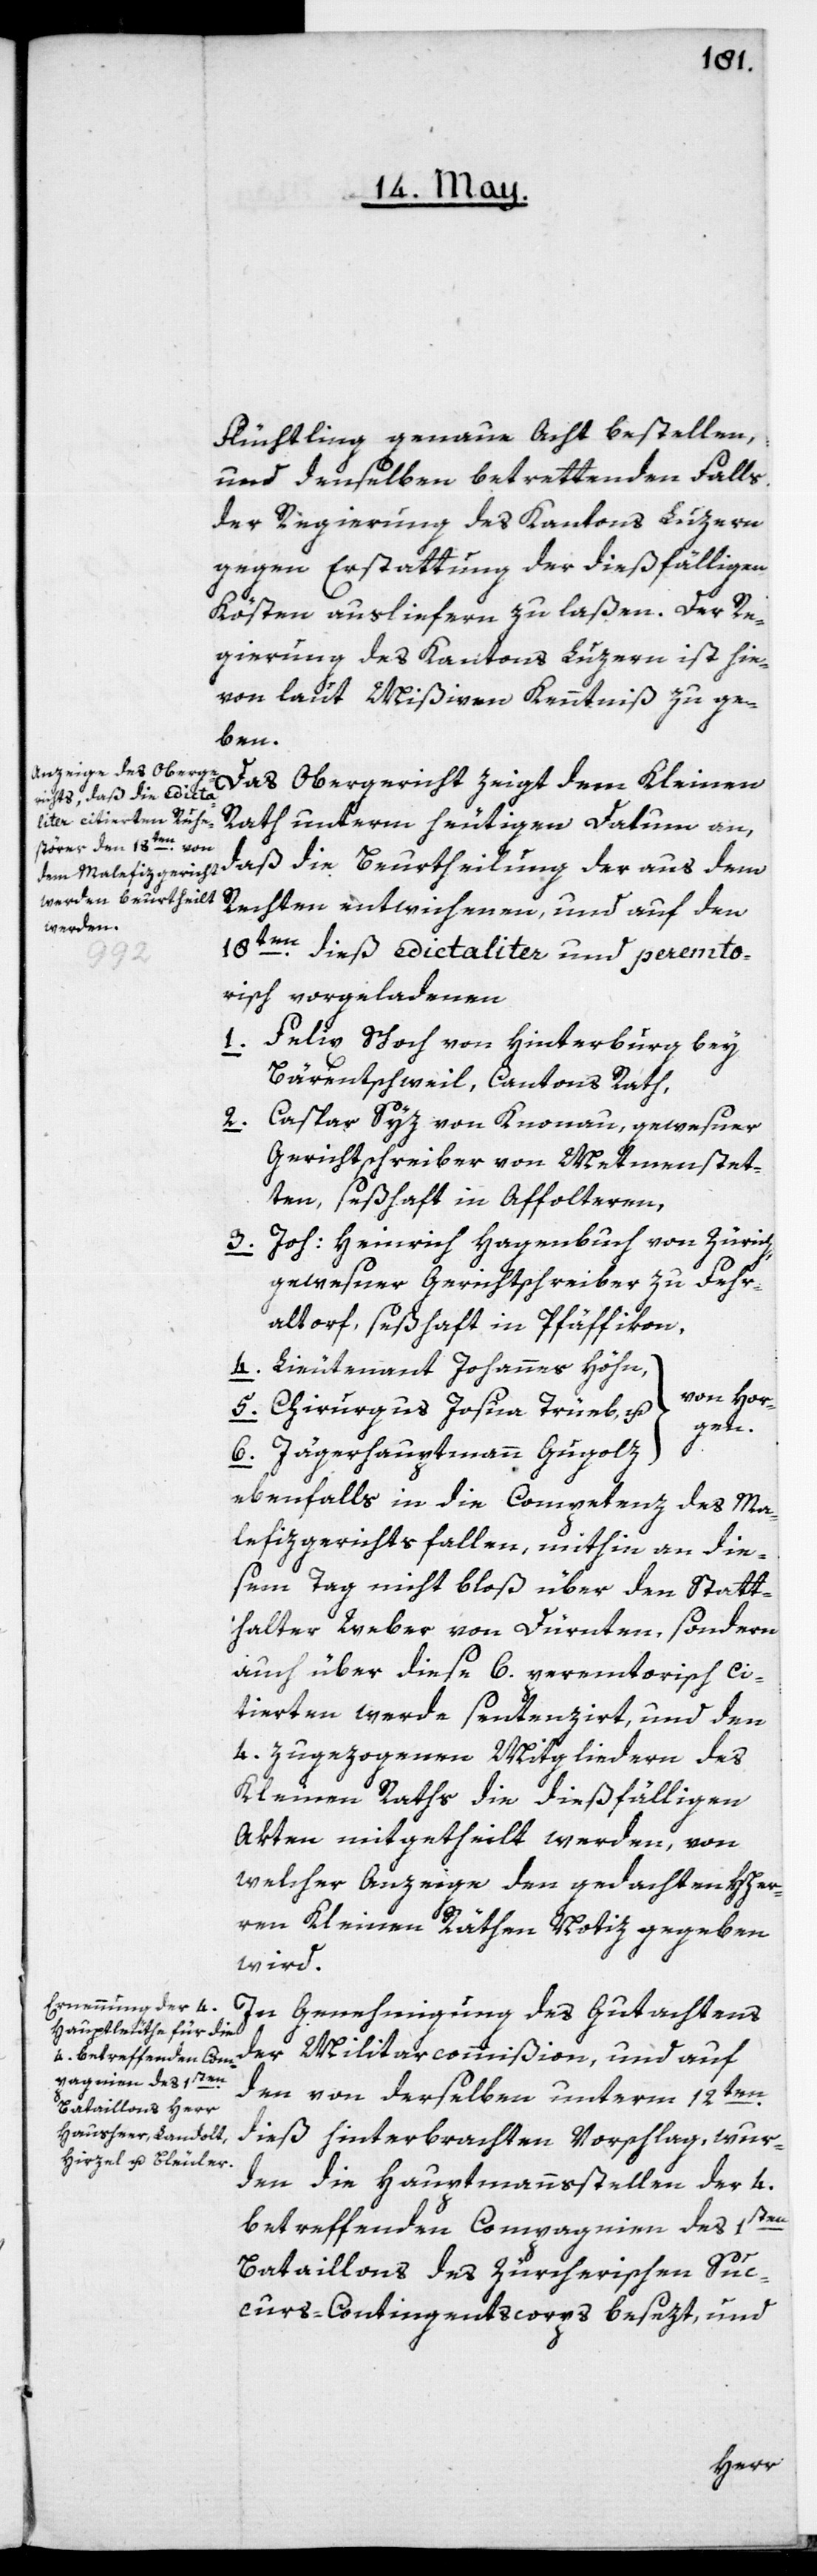
Flüchtling genaue Acht bestellen
und denselben betrettenden Falls
der Regierung des Kantons Luzern
gegen Erstattung der dießfälligen
Kösten ausliefern zu laßen. Der Re¬
gierung des Kantons Luzern ist hie¬
von laut Mißiven Kenntniß zu ge¬
ben.
Das Obergericht zeigt dem Kleinen
Rath unterm heutigen Datum an,
daß die Beurtheilung der aus dem
Rechten entwichenen, und auf den
18ten dieß edictaliter und peremto¬
risch vorgeladenen
1. Felix Schoch von Hinterburg bey
Bärentschweil, Cantons Rath,
5.
Caspar Syz von Knonau, gewesener
Gerichtsschreiber von Mettmenstet¬
ten, seßhaft in Affoltern,
3. Joh: Heinrich Hagenbuch von Zürich,
gewesener Gerichtschreiber zu Fehr¬
altorf, seßhaft in Pfäffikon,
Lieutenant Johannes Höhn
von Hor¬
Chirurgus Josua Trüeb
gen.
Jägerhauptmann Gugolz
ebenfalls in die Competenz des Ma¬
lefizgerichts fallen, mithin an die¬
sem Tag nicht bloß über den Statt¬
halter Weber von Dürnten, sondern
auch über diese 6. peremtorisch ci¬
tierten werde sentenzirt, und den
4. zugezogenen Mitgliedern des
Kleinen Raths die dießfälligen
Akten mitgetheilt werden, von
welcher Anzeige den gedachten HHer¬
ren Kleinen Räthen Notiz gegeben
wird.
In Genehmigung des Gutachtens
der Militaircommißion, und auf
den von derselben unterm 12ten
dieß hinterbrachten Vorschlag, wur¬
den die Hauptmannsstellen der 4.
betreffenden Compagnien des 1sten
Bataillons des zürcherischen Suc¬
curs-Contingentscorps besezt, und